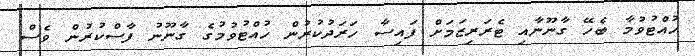
ހުއްޓުވުމާ ބެހޭ ގާނޫނާއި ޓެރަރިޒަމަށް ފައިސާ ހަރަދުކުރުން ހުއްޓުވުމުގެ ގާނޫނު ފާސްކުރުން ވެސް